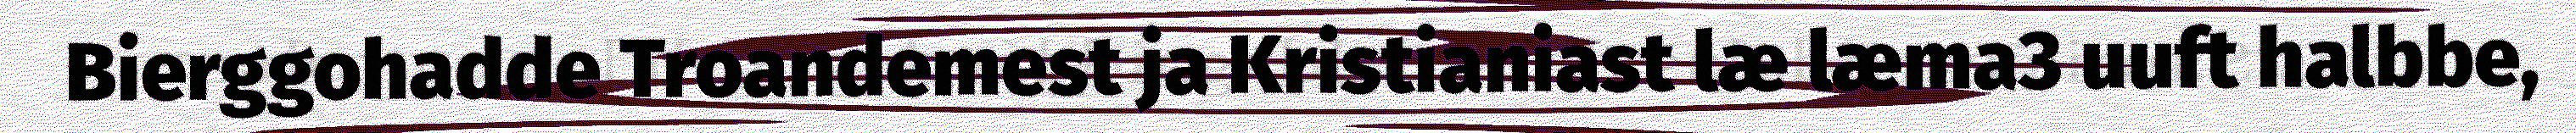
Bierggohadde Troandemest ja Kristianiast læ læma3 uuft halbbe,